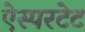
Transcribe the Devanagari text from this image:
ऐस्परटेट